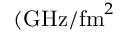
( \mathrm { G H z } / \mathrm { f m } ^ { 2 }